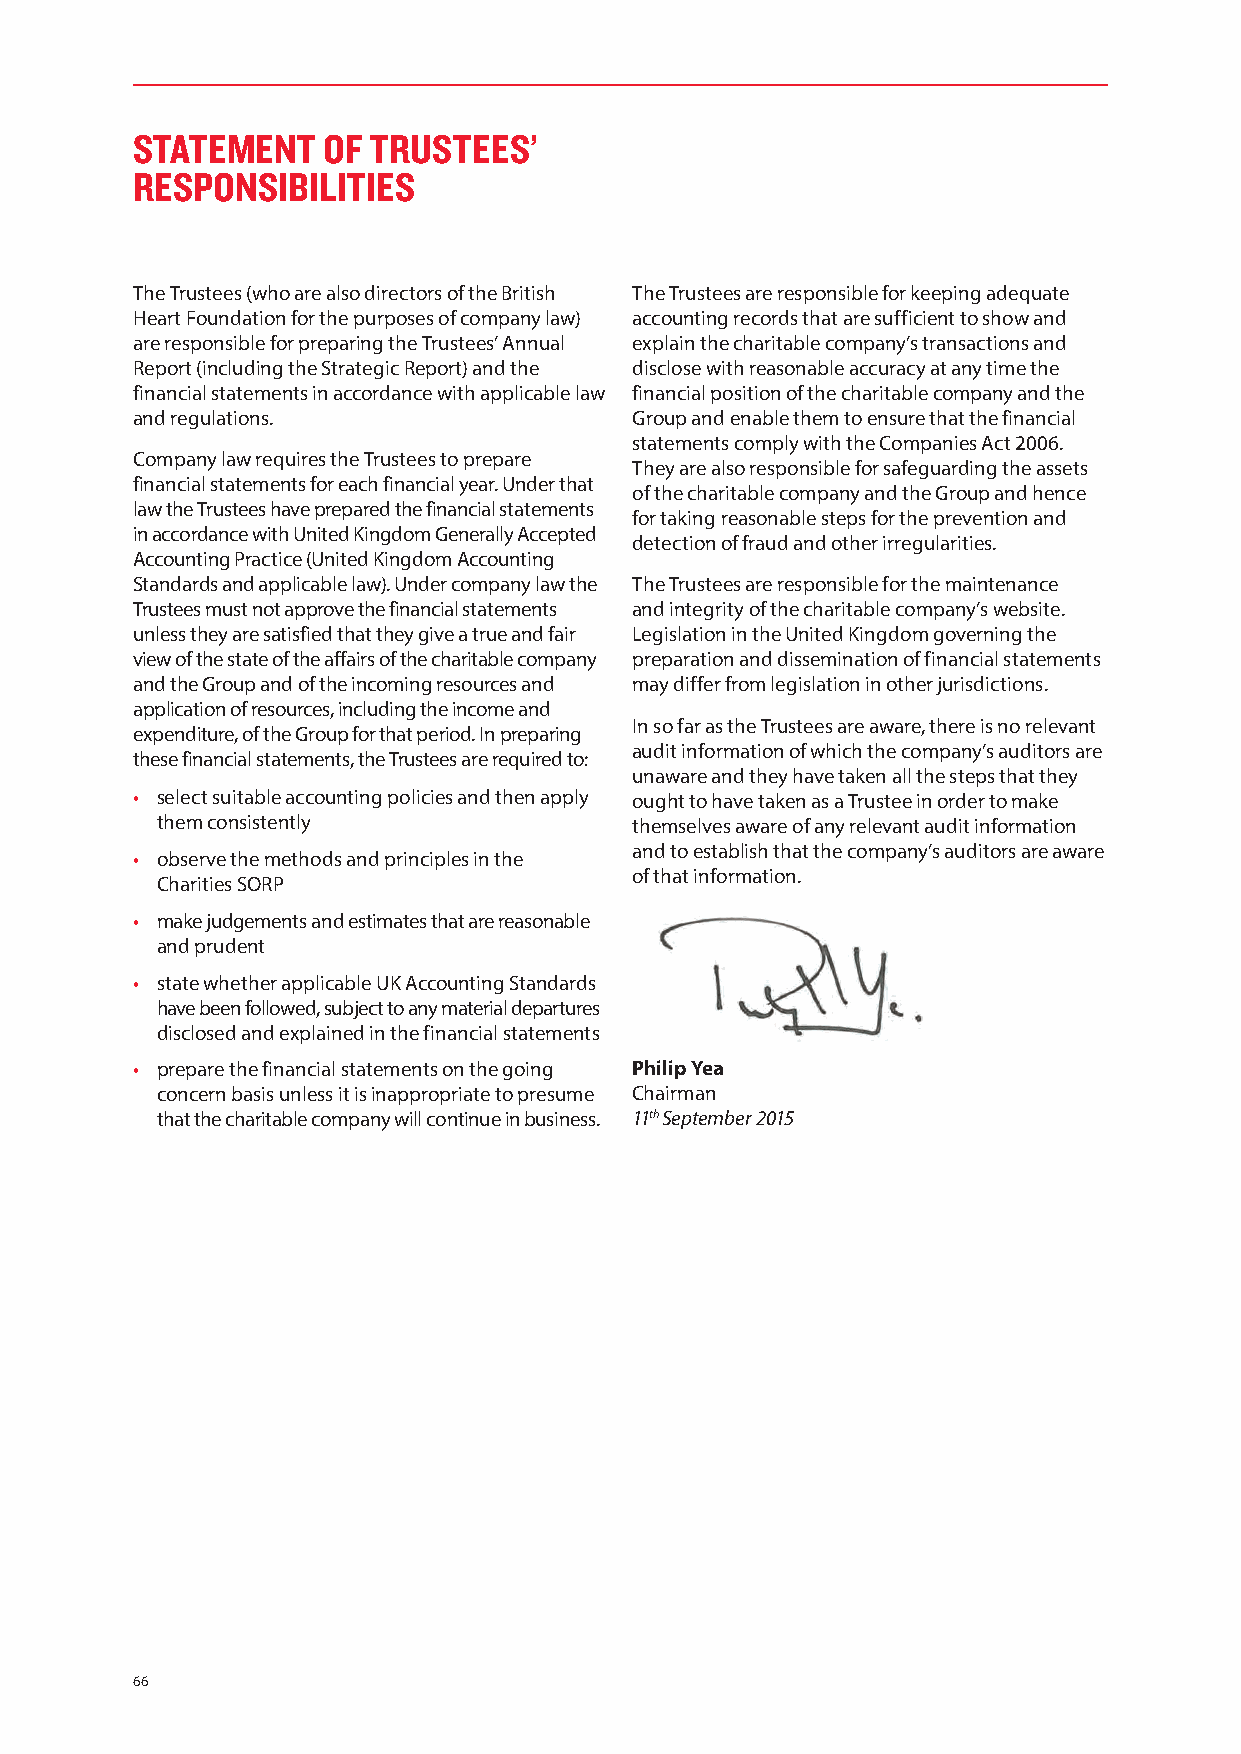
STATEMENT   OF  TRUSTEES’
 RESPONSIBILITIES
 The Trustees (who are also directors of the British The Trustees are responsible for keeping adequate
 Heart Foundation for the purposes of company law) accounting records that are sufficient to show and
 are responsible for preparing the Trustees’ Annual explain the charitable company’s transactions and
 Report (including the Strategic Report) and the disclose with reasonable accuracy at any time the
 financial statements in accordance with applicable law financial position of the charitable company and the
 and regulations.                 Group and enable them to ensure that the financial
 statements comply with the Companies Act 2006.
 Company law requires the Trustees to prepare
 They are also responsible for safeguarding the assets
 financial statements for each financial year. Under that
 of the charitable company and the Group and hence
 law the Trustees have prepared the financial statements
 for taking reasonable steps for the prevention and
 in accordance with United Kingdom Generally Accepted
 detection of fraud and other irregularities.
 Accounting Practice (United Kingdom Accounting
 Standards and applicable law). Under company law the The Trustees are responsible for the maintenance
 Trustees must not approve the financial statements and integrity of the charitable company’s website.
 unless they are satisfied that they give a true and fair Legislation in the United Kingdom governing the
 view of the state of the affairs of the charitable company preparation and dissemination of financial statements
 and the Group and of the incoming resources and may differ from legislation in other jurisdictions.
 application of resources, including the income and
 In so far as the Trustees are aware, there is no relevant
 expenditure, of the Group for that period. In preparing
 audit information of which the company’s auditors are
 these financial statements, the Trustees are required to:
 unaware and they have taken all the steps that they
 • select suitable accounting policies and then apply ought to have taken as a Trustee in order to make
 them consistently               themselves aware of any relevant audit information
 and to establish that the company’s auditors are aware
 • observe the methods and principles in the
 of that information.
 Charities SORP
 • make judgements and estimates that are reasonable
 and prudent
 • state whether applicable UK Accounting Standards
 have been followed, subject to any material departures
 disclosed and explained in the financial statements
 • prepare the financial statements on the going Philip Yea
 concern basis unless it is inappropriate to presume Chairman
 that the charitable company will continue in business. 11th September 2015
 66